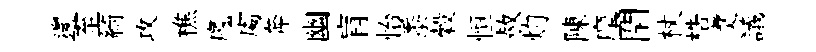
邊至綺攻樵魔䖏奔幽肓怡黍穀恒赦灼陳摩閇杖梏煑議